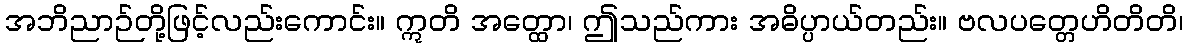
အဘိညာဉ်တို့ဖြင့်လည်းကောင်း။ ဣတိ အတ္ထော၊ ဤသည်ကား အဓိပ္ပာယ်တည်း။ ဗလပတ္တေဟိတိတိ၊